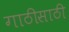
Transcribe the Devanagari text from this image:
गाठीसाठी